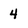
Character: 4